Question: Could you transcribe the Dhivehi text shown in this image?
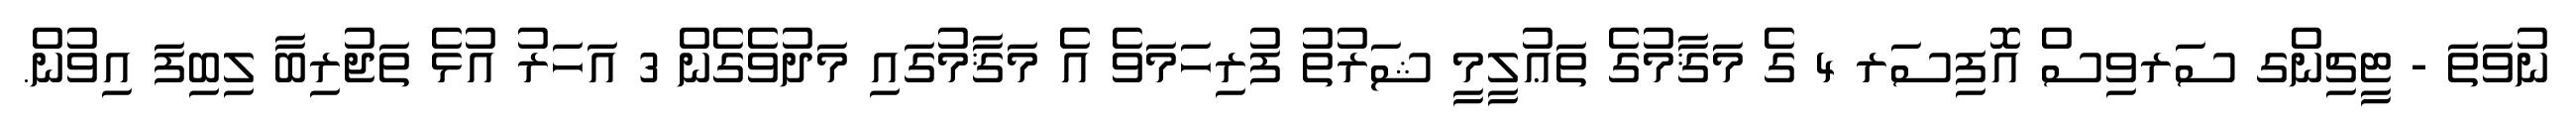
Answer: ނުވަތަ - ޓީޗިންގ ސަރވިސް އޮފިސަރ 4 ގެ މަޤާމުގެ ތަޢުލީމީ ޝަރުތު ފުރިހަމަވެ އެ މަޤާމުގައި މަދުވެގެން 3 އަހަރު އުޅެ ތަޖުރިބާ ލިބިފަ އިވުން.